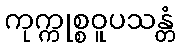
ကုက္ကုစ္စဝူပသန္တံ